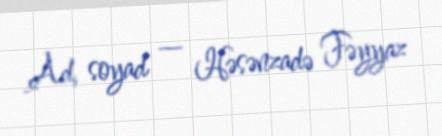
Ad, soyad — Həsənzadə Fəyyaz